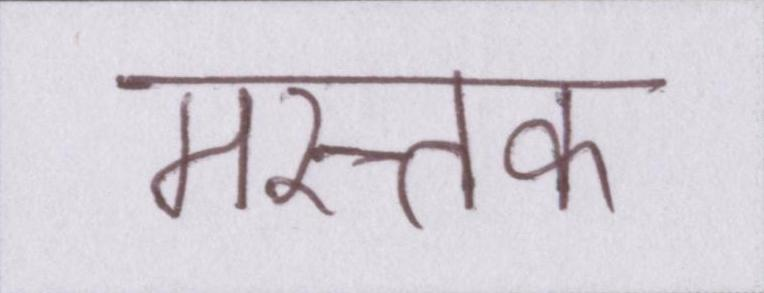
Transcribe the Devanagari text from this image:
मस्तक